Indian journal of veterinary science and animal husbandry - Volumes 28-29, 1958-1959
Year: 1958
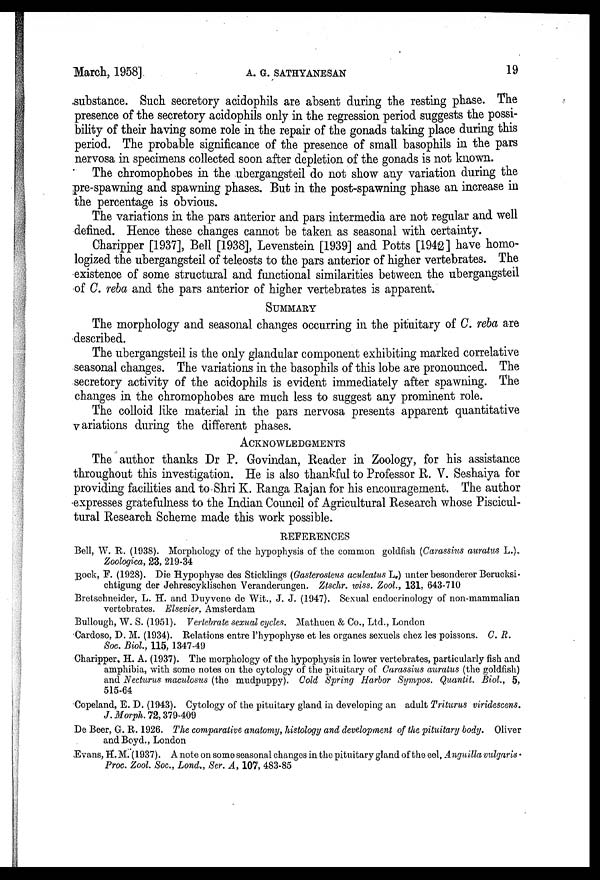
March, 1958]
A.
G.
SATHYANESAN
19
substance. Such secretory acidophils are absent during the resting phase. The
presence of the secretory acidophils only in the regression period suggests the possi-
bility of their having some role in the repair of the gonads taking place during this
period. The probable significance of the presence of small basophils in the pars
nervosa in specimens collected soon after depletion of the gonads is not known.
The chromophobes in the ubergangsteil do not show any variation during the
pre-spawning and spawning phases. But in the post-spawning phase an increase in
the percentage is obvious.
The variations in the pars anterior and pars intermedia are not regular and well
defined. Hence these changes cannot be taken as seasonal with certainty.
Charipper [1937], Bell [1938], Levenstein [1939] and Potts [1942] have homo-
logized the ubergangsteil of teleosts to the pars anterior of higher vertebrates. The
existence of some structural and functional similarities between the ubergangsteil
of C. reba and the pars anterior of higher vertebrates is apparent.
SUMMARY
The morphology and seasonal changes occurring in the pituitary of C. reba are
described.
The ubergangsteil is the only glandular component exhibiting marked correlative
seasonal changes. The variations in the basophils of this lobe are pronounced. The
secretory activity of the acidophils is evident immediately after spawning. The
changes in the chromophobes are much less to suggest any prominent role.
The colloid like material in the pars nervosa presents apparent quantitative
variations during the different phases.
ACKNOWLEDGMENTS
The author thanks Dr P. Govindan, Reader in Zoology, for his assistance
throughout this investigation. He is also thankful to Professor R. V. Seshaiya for
providing facilities and to Shri K. Ranga Rajan for his encouragement. The author
expresses gratefulness to the Indian Council of Agricultural Research whose Piscicul-
tural Research Scheme made this work possible.
REFERENCES
Bell, W. R. (1938). Morphology of the hypophysis of the common goldfish (Carassius auratus L.).
Zoologica, 23, 219-34
Bock, F. (1928). Die Hypophyse des Sticklings (Gasterosteus aculeatus L.) unter besonderer Berucksi
chtigung der Jehrescyklischen Veranderungen. Ztschr. wiss. Zool., 131, 643-710
Bretschneider, L. H. and Duyvene de Wit., J. J. (1947). Sexual endocrinology of non-mammalian
vertebrates. Elsevier, Amsterdam
Bullough, W. S. (1951). Vertebrate sexual cycles. Mathuen & Co., Ltd., London
Cardoso, D. M. (1934). Relations entre l'hypophyse et les organes sexuels chez les poissons. C. R.
Soc. Biol., 115, 1347-49
Charipper, H. A. (1937). The morphology of the hypophysis in lower vertebrates, particularly fish and
amphibia, with some notes on the cytology of the pituitary of Carassius auratus (the goldfish)
and Necturus maculosus (the mudpuppy). Cold Spring Harbor Sympos. Quantit. Biol., 5,
515-64
Copeland, E. D. (1943). Cytology of the pituitary gland in developing an adult Triturus viridescens.
J. Morph. 72, 379-409
De Beer, G. R. 1926. The comparative anatomy, histology and development of the pituitary body. Oliver
and Boyd., London
Evans, H. M. (1937). A note on some seasonal changes in the pituitary gland of the eel, Anguilla vulgaris.
Proc. Zool. Soc., Lond., Ser. A, 107, 483-85